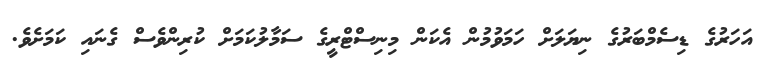
އަހަރުގެ ޑިސެމްބަރުގެ ނިޔަލަށް ހަމަވުމުން އެކަން މިނިސްޓްރީގެ ސަމާލުކަމަށް ކުރިންވެސް ގެނައި ކަމަށެވެ.